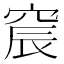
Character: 䆣